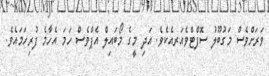
ވަރަށްވެސް މަގުބޫލު ސޮފްޓްވެއަރއެކެވެ. އަދި މީގެ މޯބައިލް އެޕްވެސް ހަމަ އެހާމެ ފުރިހަމައެވެ.